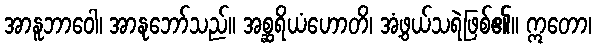
အာနူဘာဝေါ၊ အာနုဘော်သည်။ အစ္ဆရိယံဟောတိ၊ အံ့ဖွယ်သရဲဖြစ်၏။ ဣတော၊